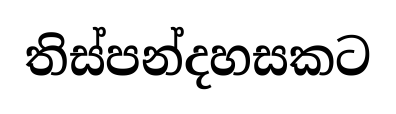
තිස්පන්දහසකට